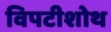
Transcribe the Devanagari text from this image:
विपटीशोथ